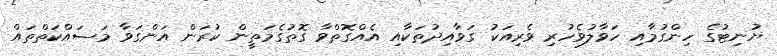
ޔުނިޓުގެ ހިންގުމާއި ހަވާލުވެހުރި ވެރިއަކު ގަވާއިދުތަކާއި އެއްގޮތްވާ ގޮތުގެމަތީން ކުރަން އަންގަވާ މަސައްކަތްތައް